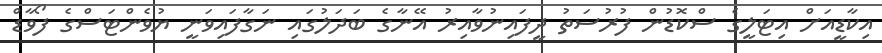
އިކާޑީއަށް އިޓަލީގެ ސްކޮޑުން ފުރުސަތު ދީފައިނުވާއިރު އޭނާގެ ބަދަލުގައި ނަގާފައިވަނީ ޔުވެންޓަސްގެ ފޯވާޑް